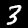
Label: 3